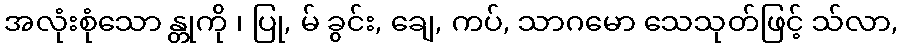
အလုံးစုံသော န္တုကို ၊ ပြု, မ် ခွင်း, ချေ, ကပ်, သာဂမော သေသုတ်ဖြင့် သ်လာ,